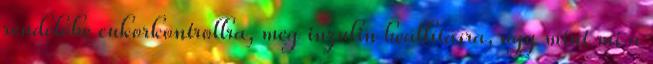
rendelőbe cukorkontrollra, meg inzulin beállításra, úgy mint mi a